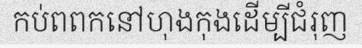
កប់ពពកនៅហុងកុងដើម្បីជំរុញ